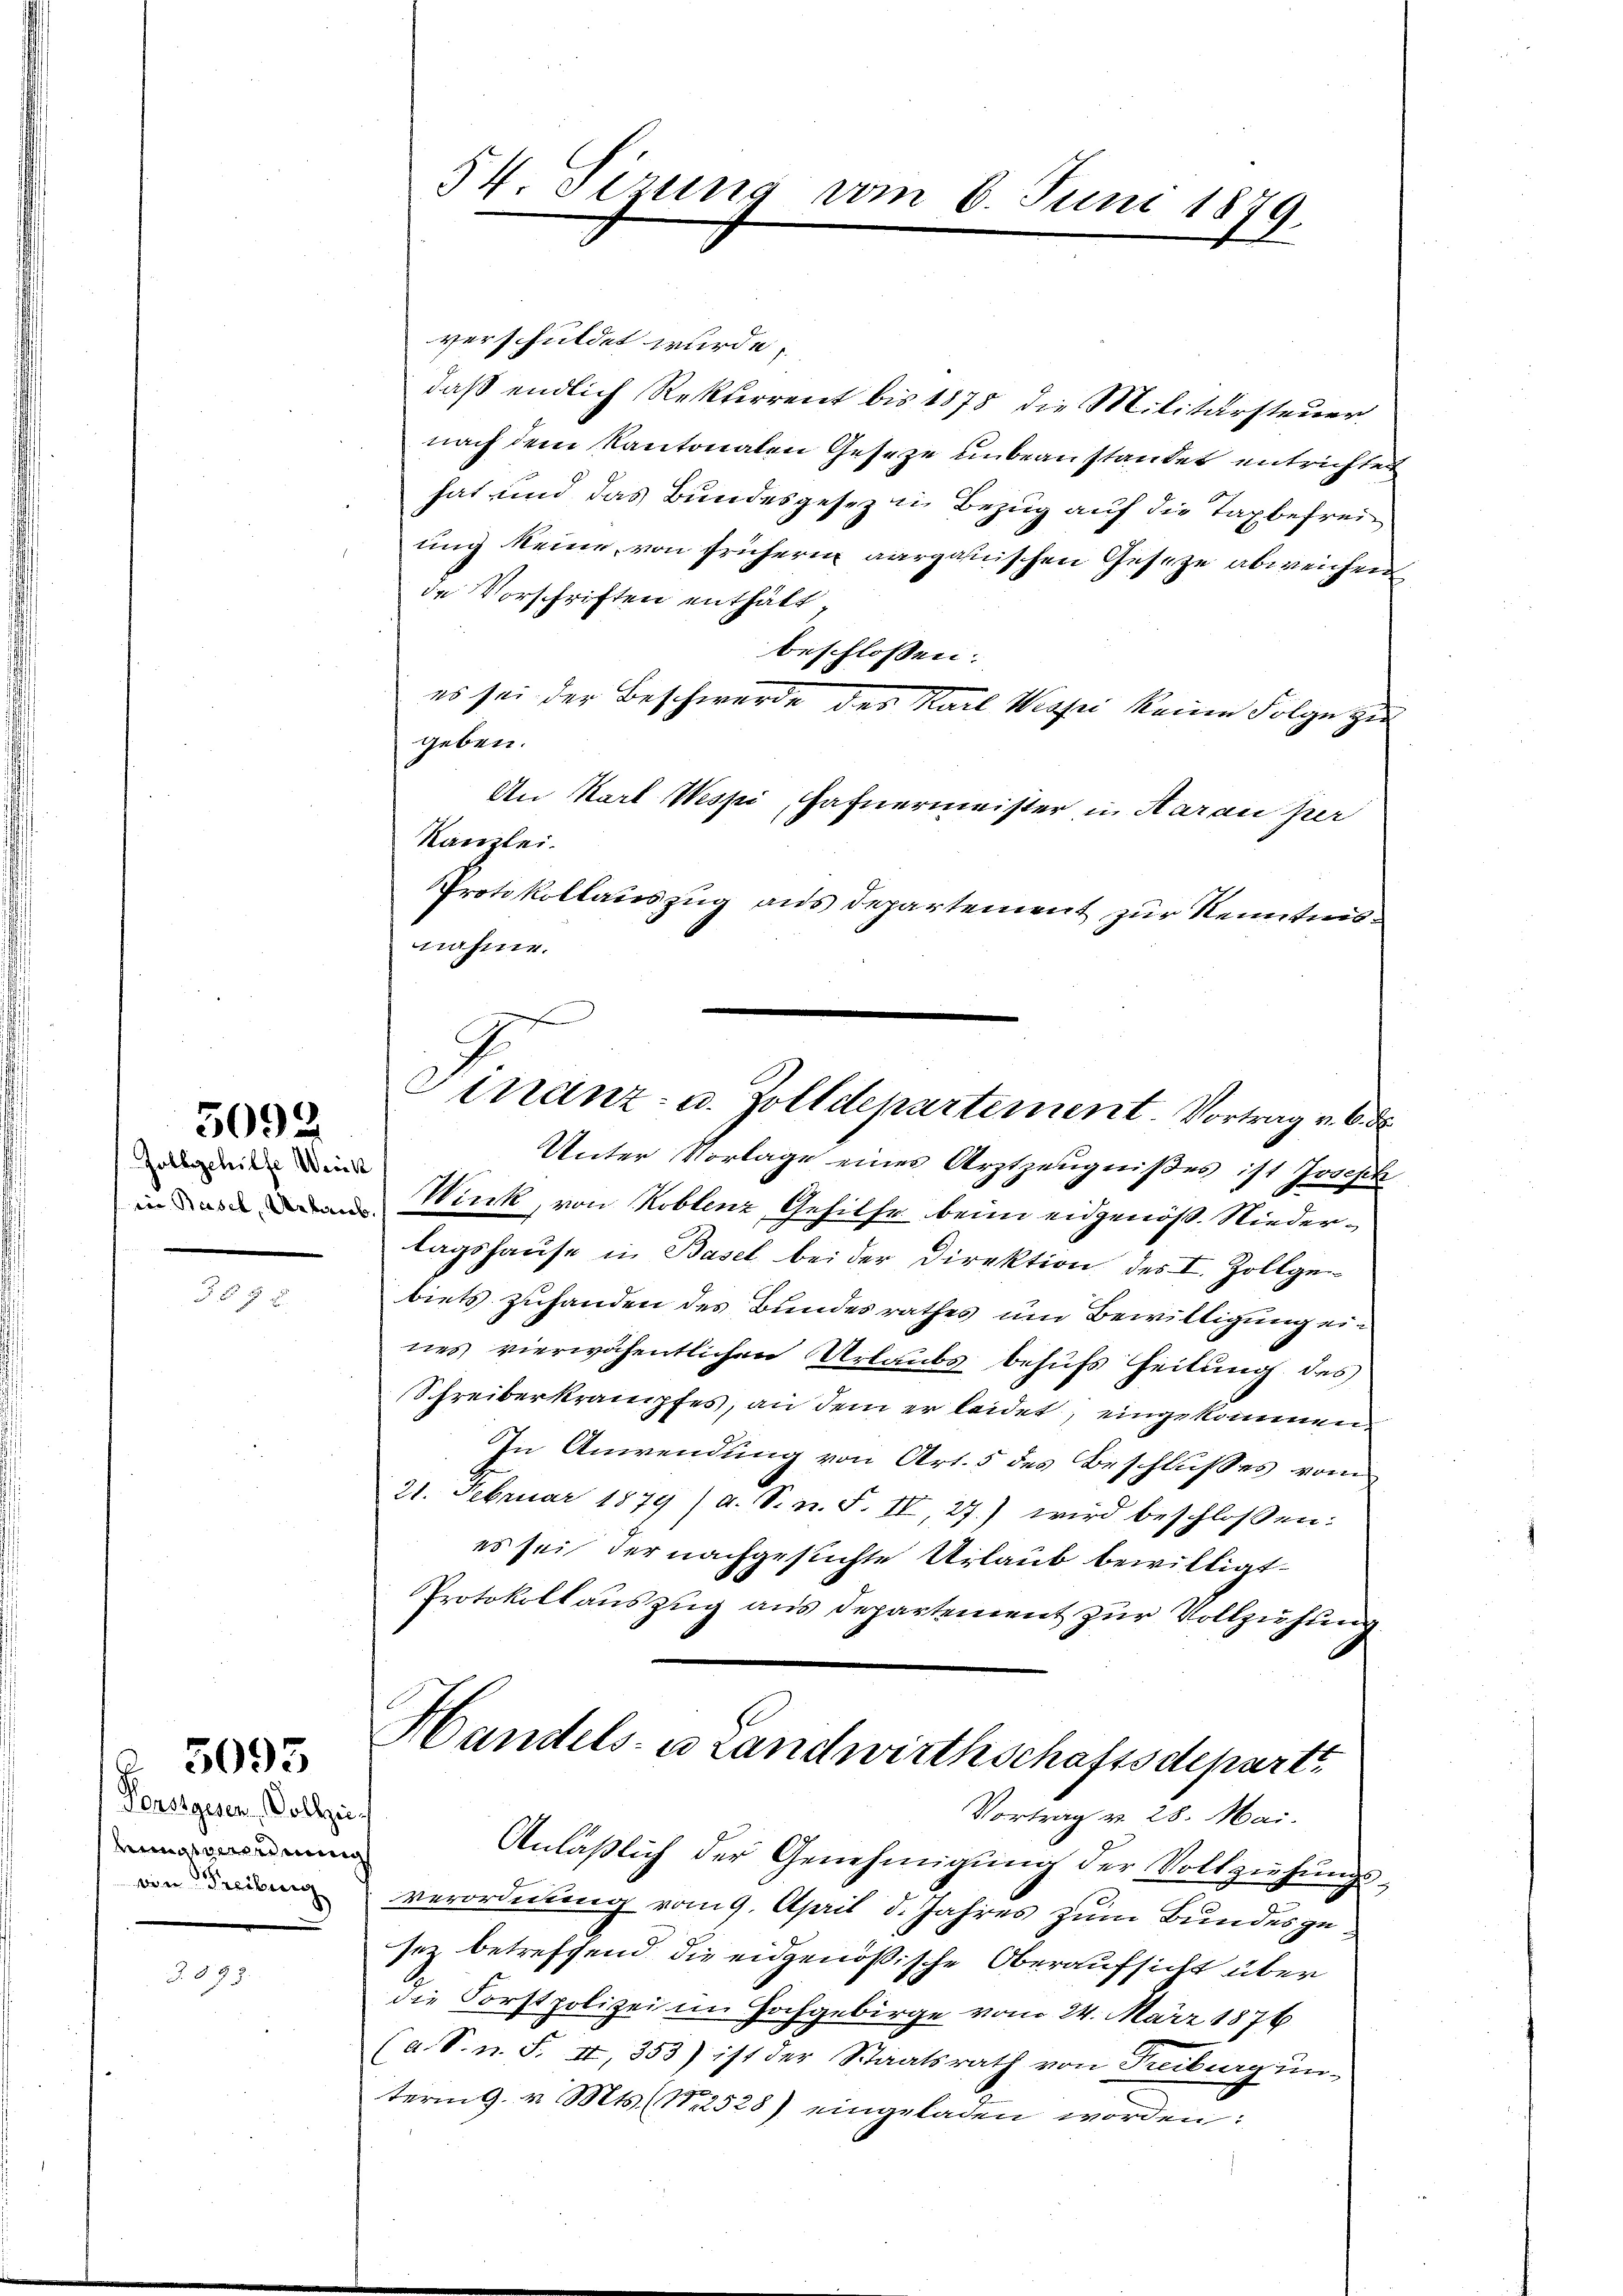
5092

Zollgehilfe Werck

§ 55 x

Fenstgesen Vollzei.
hrungsverordnung
von Freiberg

5095

54. Sizung vom 6. Juni 1879.

verschuldet wurde.
daß endlich Rekurrent bis 1875 die Militärsteuer
nach dem Kantonalen Geseze unbeanstandet entrichten
hat und das Bundesgesetz in Bezug auf die Taxbefreiung keine, von frühern aargauischen Gesetze abweichen
de Vorschriften enthält,
beschlossen:
es sei der Beschwerde des Karl Wissei keine Folge zu
geben.
An Karl Wespi, Hafnermeister in Aarau her
Kanzlei.
Protokollauszug aus Departement zur Kenntnisnahme.
Wink, von Koblenz Gehilfe beim eidgenöß. Niederlagshause in Basel bei der Direktion des I. Zollge-
biets zuhanden des Bundesrathes um Bewilligung ein
nes vierwähentlichen Urlaubs behufs Zeitung des
Schreiberkrampfes, an dem er leidet, eingekommen¬
In Anwendung von Art. 5 des Beschlusses vom
21. Februar 1879 / a. S. n. F. II, 27.) wird beschlossen:
es sei der nachgesichte Urlaub bewilligt.
Protokollauszug aus Departement zur Vollzuhung
Handels- u Landwirthschaftsdeparte
Vortrag v. 28. Mai.
Anläßlich der Genehmigung der Vollziehungsverordnung vom 9. April d. Jahres zum Bundes zu
sez betreffend die eidgenößische Oberaufsicht über
die Forstpolizei in Hochgebirge vom 24. März 1876
(a. S. n. F. II, 353) ist der Staatsrath von Treiburg un-
tering. v. Mts. (N. 2528) eingeladen worden:

Finanz- u. Zolldepartement. Vortrag v. 6. ds.
Unter Vorlage eines Arztzeugnißes ist Joseph